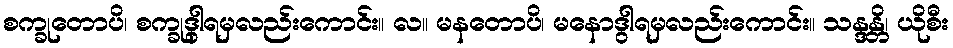
စက္ခုတောပိ၊ စက္ခုဒွါရမှလည်းကောင်း။ လ။ မနတောပိ၊ မနောဒွါရမှလည်းကောင်း။ သန္ဒန္တိ၊ ယိုစီး